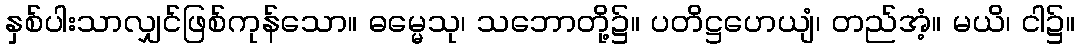
နှစ်ပါးသာလျှင်ဖြစ်ကုန်သော။ ဓမ္မေသု၊ သဘောတို့၌။ ပတိဋ္ဌဟေယျံ၊ တည်အံ့။ မယိ၊ ငါ၌။